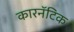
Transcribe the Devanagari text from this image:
कारनॅटिक